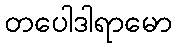
တပေါဒါရာမော